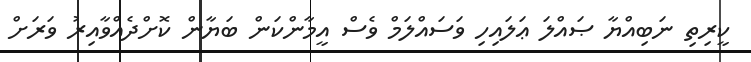
ކީރިތި ނަބިއްޔާ ޞައްލަ ޢަލައިހި ވަސައްލަމް ވެސް އީމާންކަން ބަޔާން ކޮށްދެއްވާއިރު ވަރަށް